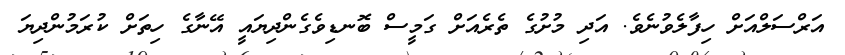
އަރްސަލްއަށް ހިފާލެވުނެވެ. އަދި މުށުގެ ތެރެއަށް ގަމީސް ބޮނޑިވެގެންދިޔައީ އޭނާގެ ހިތަށް ކުރަމުންދިޔަ